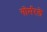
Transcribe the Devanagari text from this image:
गोर्मरले